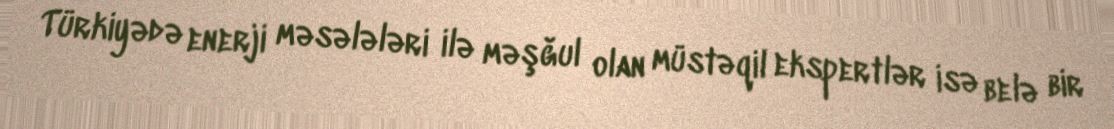
Türkiyədə enerji məsələləri ilə məşğul olan müstəqil ekspertlər isə belə bir